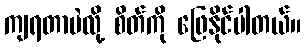
ကျရတာပဲလို့ စိတ်ကို ဖြေနိုင်ပါတယ်။